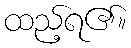
ထည့်ရ၏။